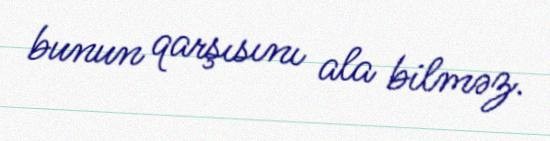
bunun qarşısını ala bilməz.